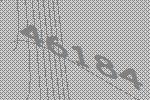
46184